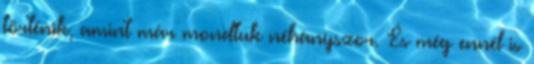
történik, amint már mondtuk néhányszor. És még ennél is